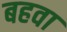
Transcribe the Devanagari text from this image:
बहवा